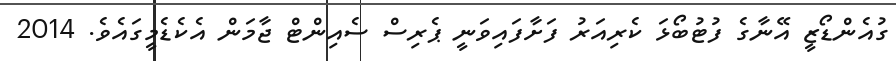
ގުއެންޑޯޒީ އޭނާގެ ފުޓުބޯޅަ ކެރިއަރު ފަށާފައިވަނީ ޕެރިސް ސެއިންޓް ޖާމަން އެކެޑެމީގައެވެ. 2014